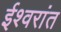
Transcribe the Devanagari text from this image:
ईश्वरांत